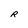
Character: R